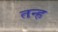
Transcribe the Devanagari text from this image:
तन्ह